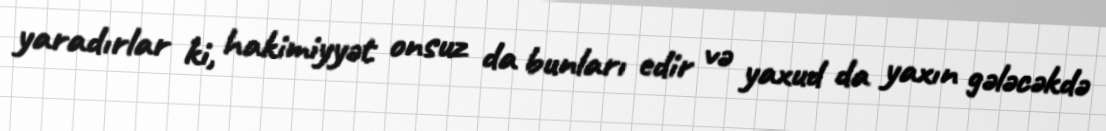
yaradırlar ki, hakimiyyət onsuz da bunları edir və yaxud da yaxın gələcəkdə